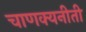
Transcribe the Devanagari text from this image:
चाणक्यनीती